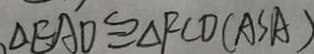
\Delta E A D \cong \Delta F C D ( A S A )